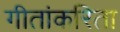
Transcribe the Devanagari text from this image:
गीतांकरिता